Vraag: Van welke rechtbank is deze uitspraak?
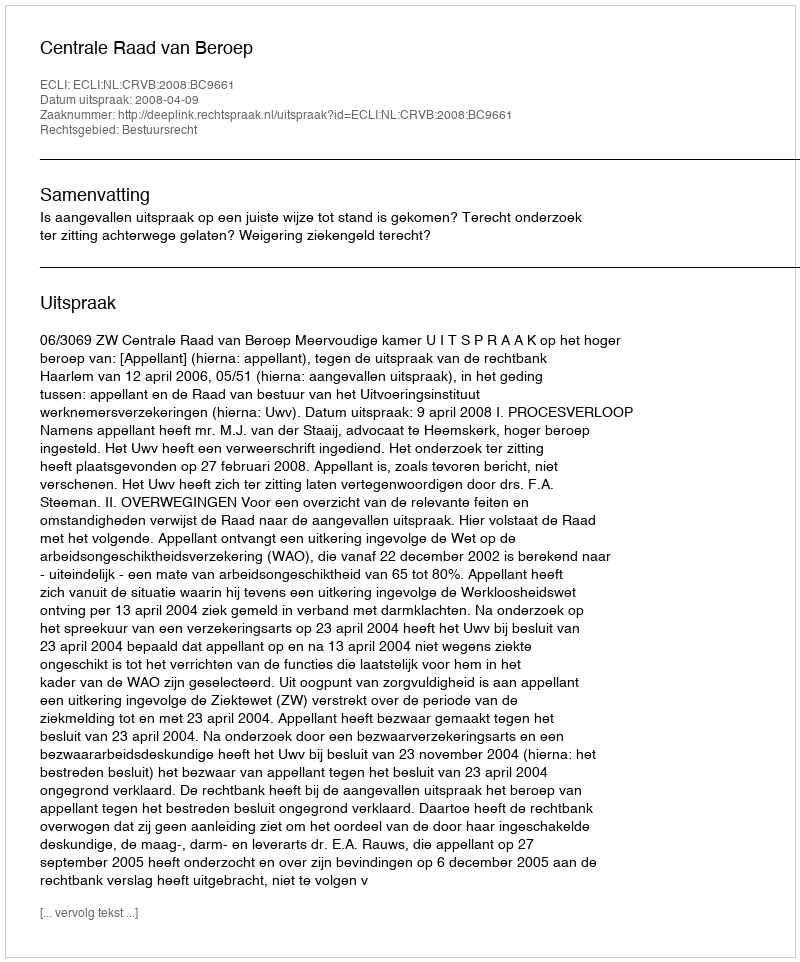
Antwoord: Centrale Raad van Beroep